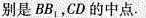
别是BB，CD的中点。